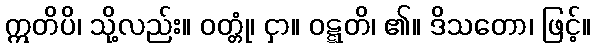
ဣတိပိ၊ သို့လည်း။ ဝတ္တုံ၊ ငှာ။ ဝဋ္ဋတိ၊ ၏။ ဒိသတော၊ ဖြင့်။